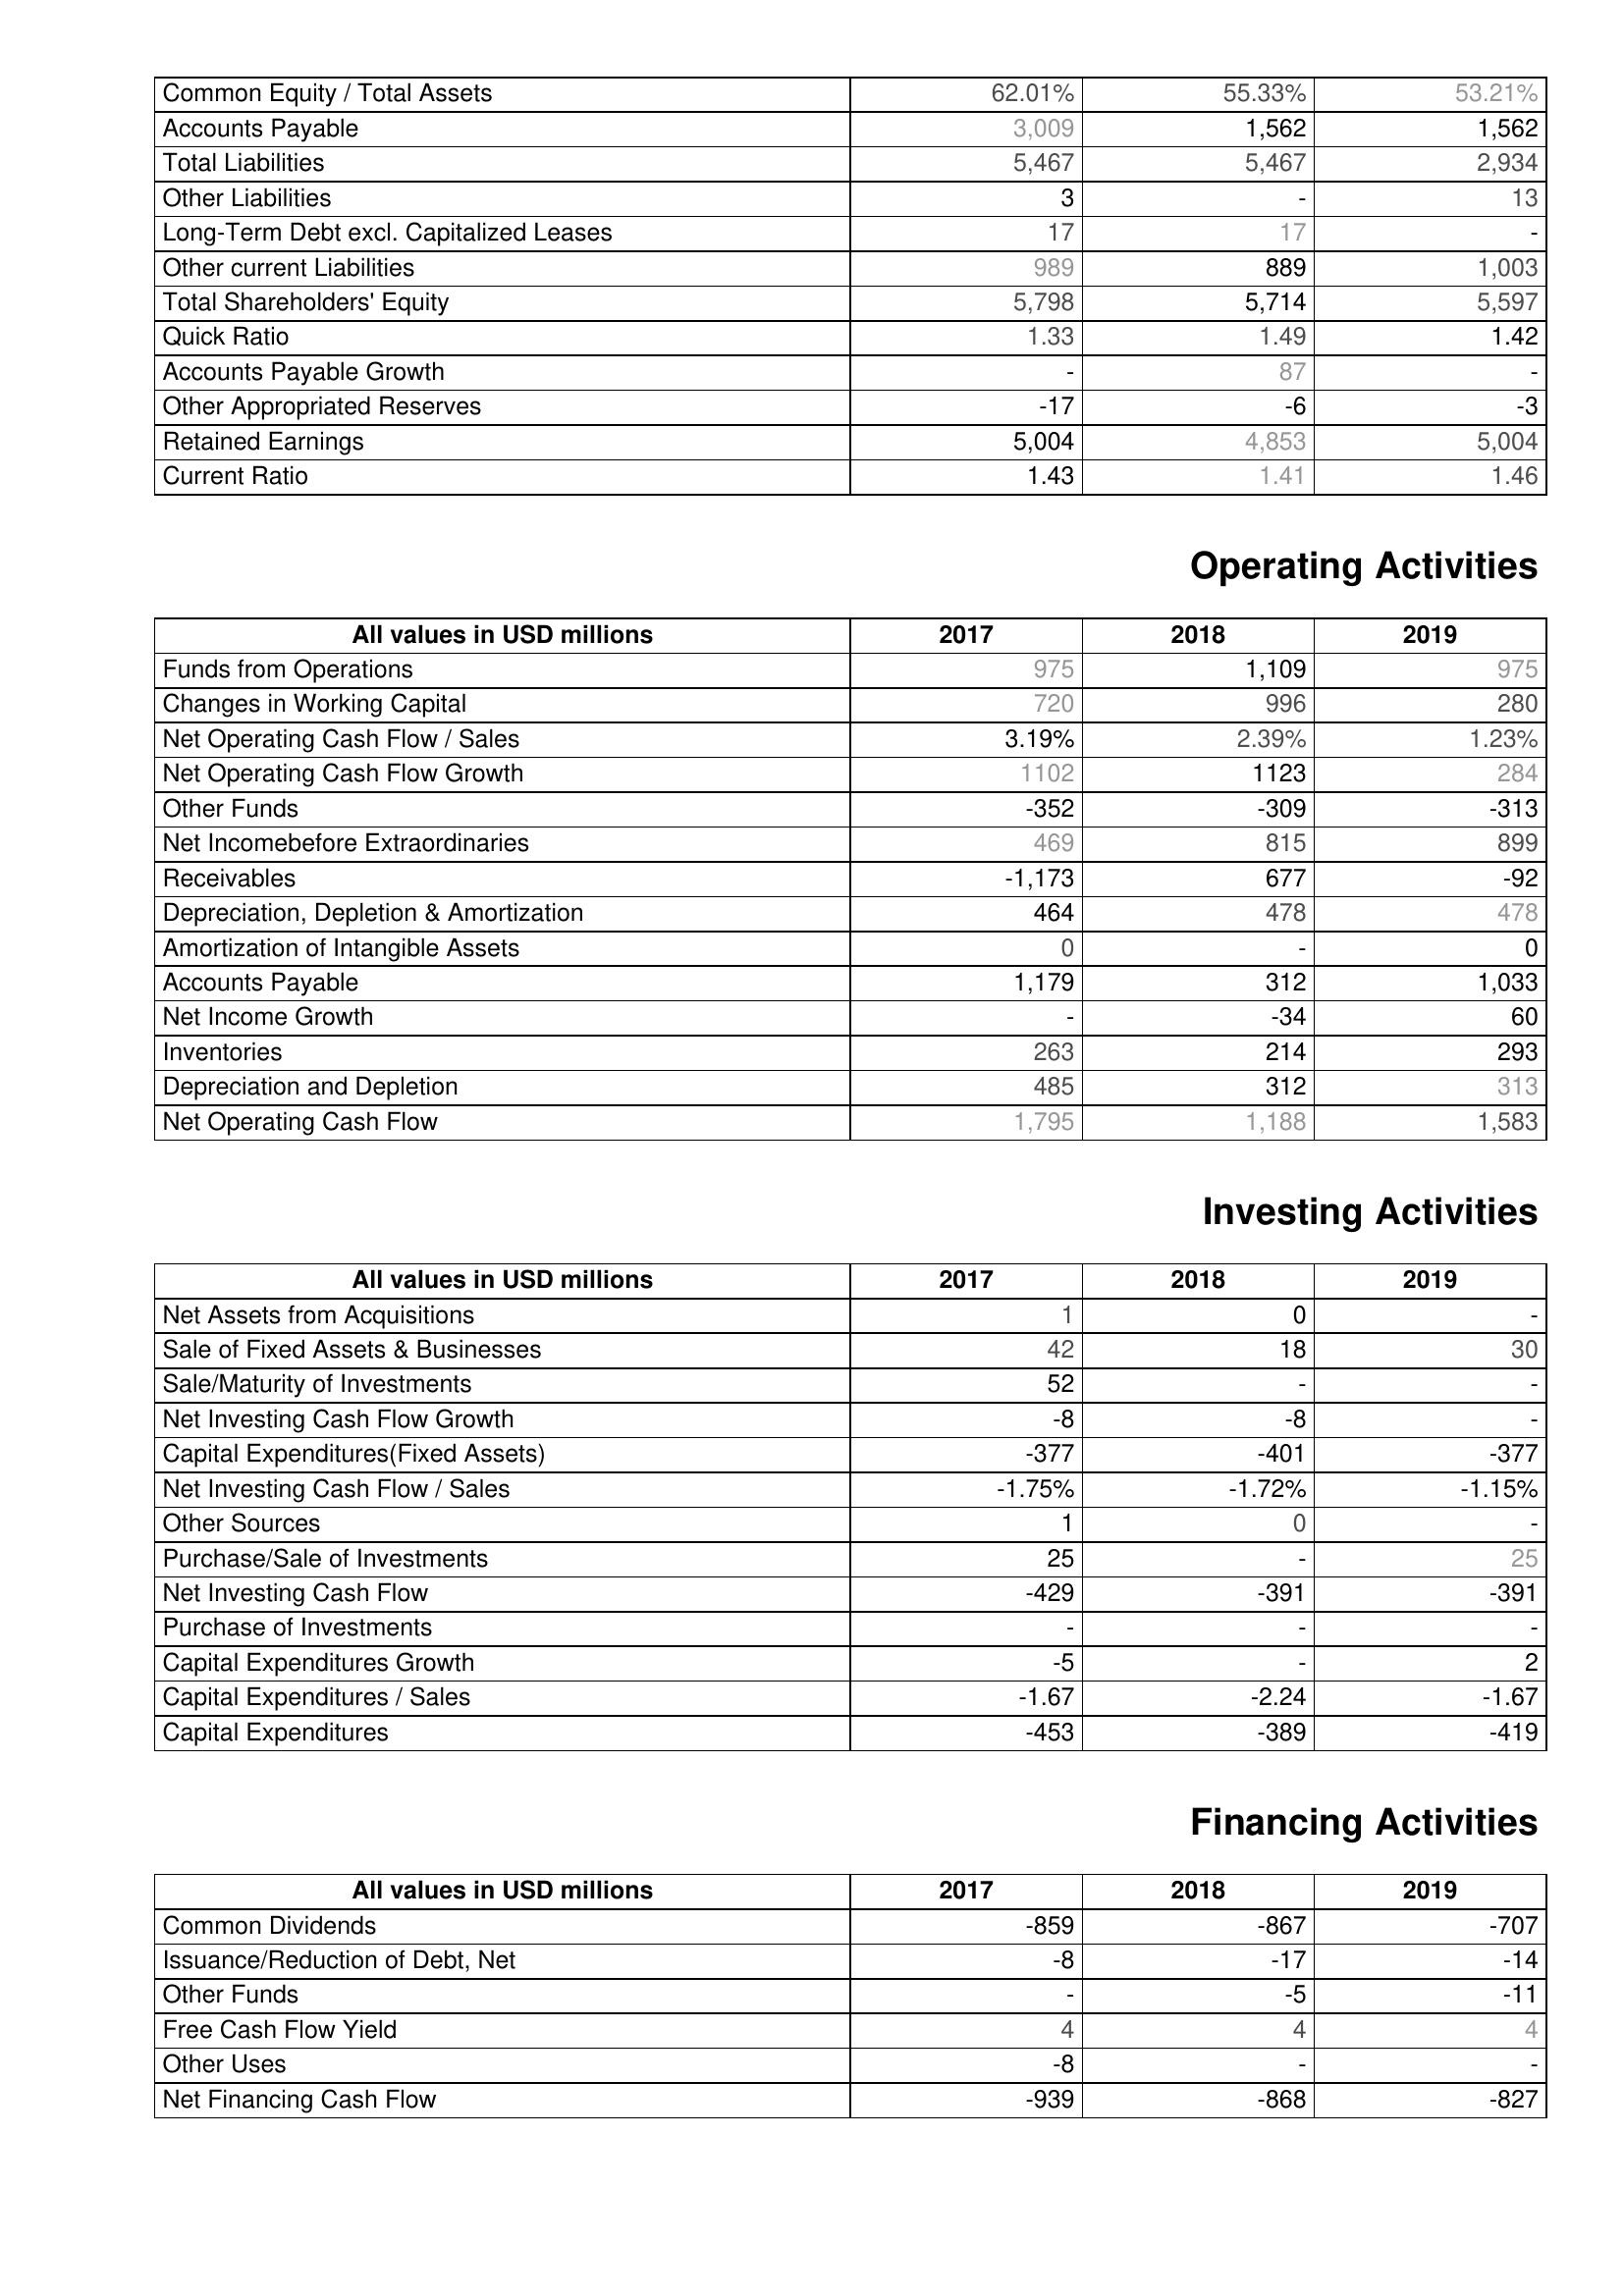
2017: Liabilities & Shareholder's Equity: Common Equity / Total Assets: 62.01%
Accounts Payable: 3,009
Total Liabilities: 5,467
Other Liabilities: 3
Long-Term Debt excl. Capitalized Leases: 17
Other current Liabilities: 989
Total Shareholders' Equity: 5,798
Quick Ratio: 1.33
Accounts Payable Growth: -
Other Appropriated Reserves: -17
Retained Earnings: 5,004
Current Ratio: 1.43
Operating Activities: Funds from Operations: 975
Changes in Working Capital: 720
Net Operating Cash Flow / Sales: 3.19%
Net Operating Cash Flow Growth: 1102
Other Funds: -352
Net Incomebefore Extraordinaries: 469
Receivables: -1,173
Depreciation, Depletion & Amortization: 464
Amortization of Intangible Assets: 0
Accounts Payable: 1,179
Net Income Growth: -
Inventories: 263
Depreciation and Depletion: 485
Net Operating Cash Flow: 1,795
Investing Activities: Net Assets from Acquisitions: 1
Sale of Fixed Assets & Businesses: 42
Sale/Maturity of Investments: 52
Net Investing Cash Flow Growth: -8
Capital Expenditures(Fixed Assets): -377
Net Investing Cash Flow / Sales: -1.75%
Other Sources: 1
Purchase/Sale of Investments: 25
Net Investing Cash Flow: -429
Purchase of Investments: -
Capital Expenditures Growth: -5
Capital Expenditures / Sales: -1.67
Capital Expenditures: -453
Financing Activities: Common Dividends: -859
Issuance/Reduction of Debt, Net: -8
Other Funds: -
Free Cash Flow Yield: 4
Other Uses: -8
Net Financing Cash Flow: -939
2018: Liabilities & Shareholder's Equity: Common Equity / Total Assets: 55.33%
Accounts Payable: 1,562
Total Liabilities: 5,467
Other Liabilities: -
Long-Term Debt excl. Capitalized Leases: 17
Other current Liabilities: 889
Total Shareholders' Equity: 5,714
Quick Ratio: 1.49
Accounts Payable Growth: 87
Other Appropriated Reserves: -6
Retained Earnings: 4,853
Current Ratio: 1.41
Operating Activities: Funds from Operations: 1,109
Changes in Working Capital: 996
Net Operating Cash Flow / Sales: 2.39%
Net Operating Cash Flow Growth: 1123
Other Funds: -309
Net Incomebefore Extraordinaries: 815
Receivables: 677
Depreciation, Depletion & Amortization: 478
Amortization of Intangible Assets: -
Accounts Payable: 312
Net Income Growth: -34
Inventories: 214
Depreciation and Depletion: 312
Net Operating Cash Flow: 1,188
Investing Activities: Net Assets from Acquisitions: 0
Sale of Fixed Assets & Businesses: 18
Sale/Maturity of Investments: -
Net Investing Cash Flow Growth: -8
Capital Expenditures(Fixed Assets): -401
Net Investing Cash Flow / Sales: -1.72%
Other Sources: 0
Purchase/Sale of Investments: -
Net Investing Cash Flow: -391
Purchase of Investments: -
Capital Expenditures Growth: -
Capital Expenditures / Sales: -2.24
Capital Expenditures: -389
Financing Activities: Common Dividends: -867
Issuance/Reduction of Debt, Net: -17
Other Funds: -5
Free Cash Flow Yield: 4
Other Uses: -
Net Financing Cash Flow: -868
2019: Liabilities & Shareholder's Equity: Common Equity / Total Assets: 53.21%
Accounts Payable: 1,562
Total Liabilities: 2,934
Other Liabilities: 13
Long-Term Debt excl. Capitalized Leases: -
Other current Liabilities: 1,003
Total Shareholders' Equity: 5,597
Quick Ratio: 1.42
Accounts Payable Growth: -
Other Appropriated Reserves: -3
Retained Earnings: 5,004
Current Ratio: 1.46
Operating Activities: Funds from Operations: 975
Changes in Working Capital: 280
Net Operating Cash Flow / Sales: 1.23%
Net Operating Cash Flow Growth: 284
Other Funds: -313
Net Incomebefore Extraordinaries: 899
Receivables: -92
Depreciation, Depletion & Amortization: 478
Amortization of Intangible Assets: 0
Accounts Payable: 1,033
Net Income Growth: 60
Inventories: 293
Depreciation and Depletion: 313
Net Operating Cash Flow: 1,583
Investing Activities: Net Assets from Acquisitions: -
Sale of Fixed Assets & Businesses: 30
Sale/Maturity of Investments: -
Net Investing Cash Flow Growth: -
Capital Expenditures(Fixed Assets): -377
Net Investing Cash Flow / Sales: -1.15%
Other Sources: -
Purchase/Sale of Investments: 25
Net Investing Cash Flow: -391
Purchase of Investments: -
Capital Expenditures Growth: 2
Capital Expenditures / Sales: -1.67
Capital Expenditures: -419
Financing Activities: Common Dividends: -707
Issuance/Reduction of Debt, Net: -14
Other Funds: -11
Free Cash Flow Yield: 4
Other Uses: -
Net Financing Cash Flow: -827